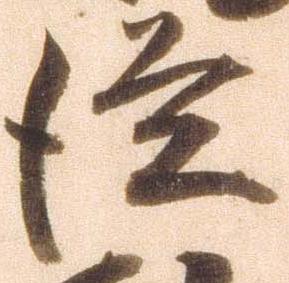
従